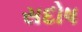
સદોષ